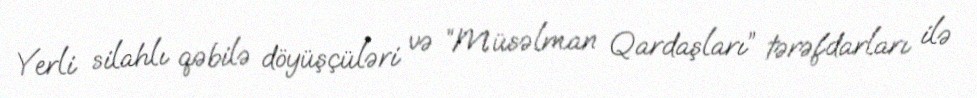
Yerli silahlı qəbilə döyüşçüləri və “Müsəlman Qardaşları” tərəfdarları ilə